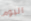
اليوم